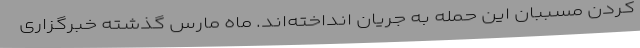
کردن مسببان این حمله به جریان انداخته‌اند. ماه مارس گذشته خبرگزاری